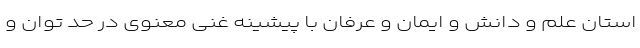
استان علم و دانش و ایمان و عرفان با پیشینه غنی معنوی در حد توان و